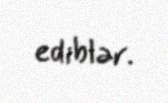
ediblər.